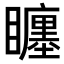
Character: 𥌬